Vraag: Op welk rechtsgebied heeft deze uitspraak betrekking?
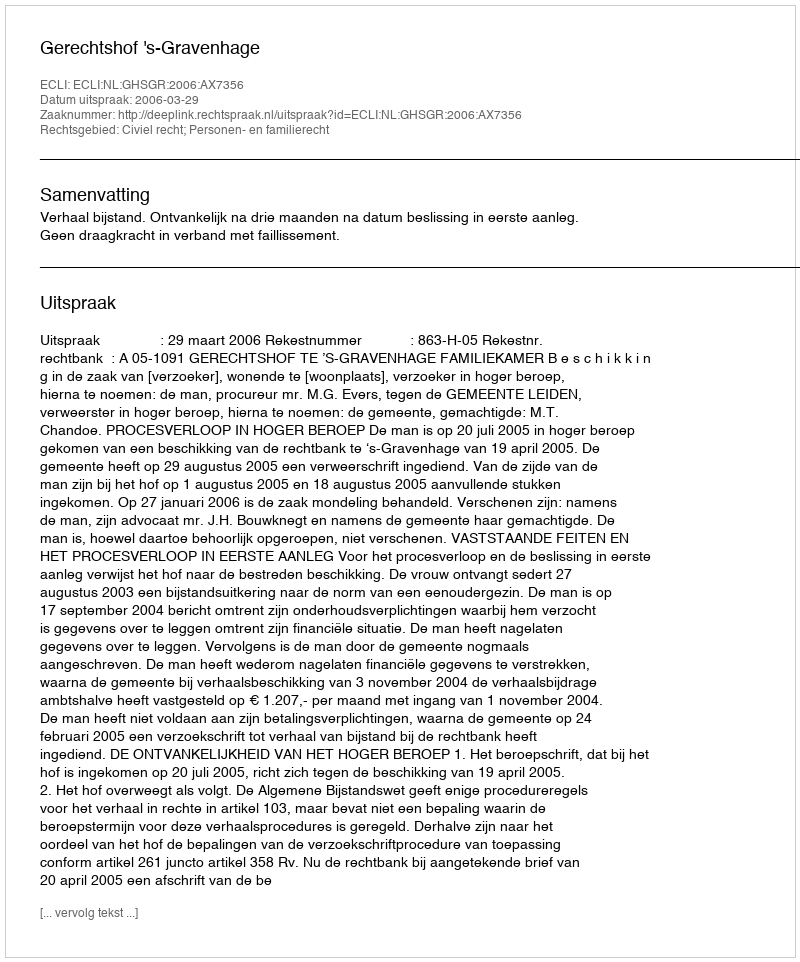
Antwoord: Civiel recht; Personen- en familierecht